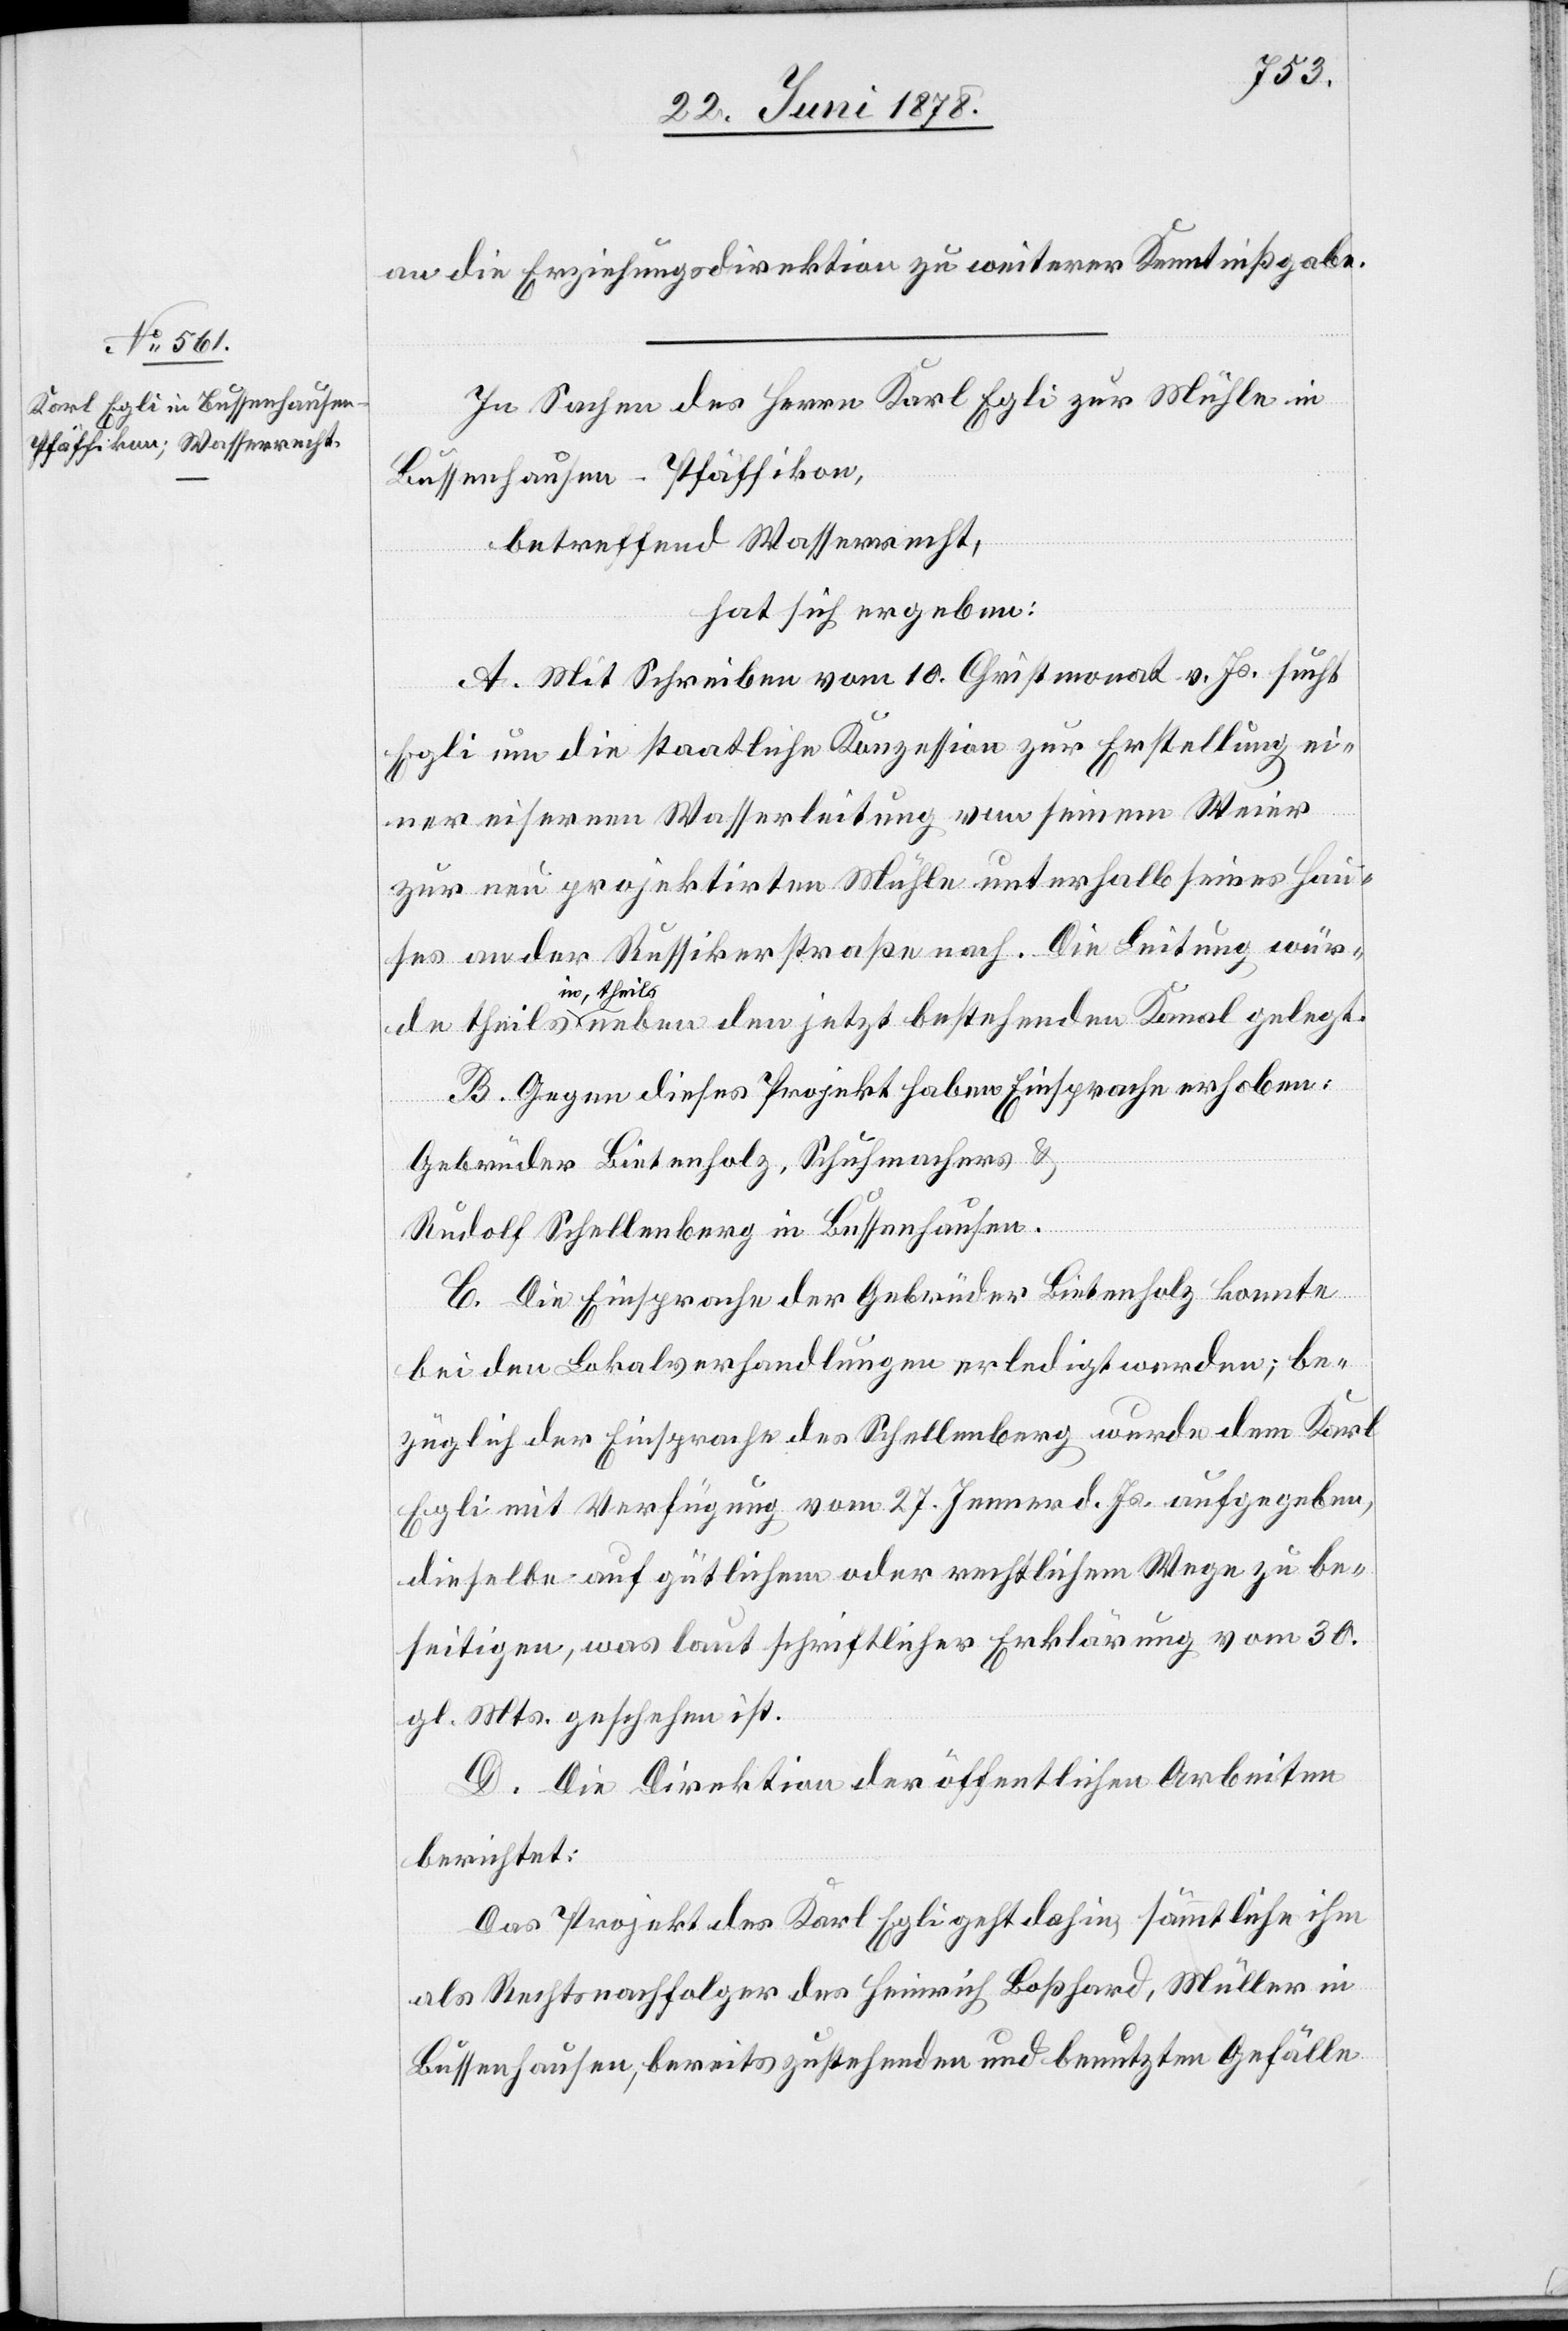
an die Erziehungsdirektion zu weiterer Kenntnißgabe.
In Sachen des Herrn Karl Egli zur Mühle in
Bussenhausen - Pfäffikon,
betreffend Wasserrecht,
hat sich ergeben:
A. Mit Schreiben vom 10. Christmonat v. Js. sucht
Egli um die staatliche Konzession zur Erstellung ei¬
ner eisernen Wasserleitung von seinem Weier
zur neu projektirten Mühle unterhalb seines Hau¬
ses an der Russikerstraße nach. Die Leitung wür¬
de theils
in, theils neben den jetzt bestehenden Kanal gelegt.
B. Gegen dieses Projekt haben Einsprache erhoben:
Gebrüder Bietenholz, Schuhmacher &
Rudolf Schellenberg in Bussenhausen.
C. Die Einsprache der Gebrüder Bietenholz konnte
bei den Lokalverhandlungen erledigt werden; be¬
züglich der Einsprache des Schellenberg wurde dem Karl
Egli mit Verfügung vom 27. Jenner d. Js. aufgegeben,
dieselbe auf gütlichem oder rechtlichem Wege zu be¬
seitigen, was laut schriftlicher Erklärung vom 30.
gl. Mts. geschehen ist.
D. Die Direktion der öffentlichen Arbeiten
berichtet:
Das Projekt des Karl Egli geht dahin, sämmtliche ihm
als Rechtsnachfolger des Heinrich Boßhard, Müller in
Bussenhausen, bereits zustehenden und benutzten Gefälle